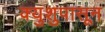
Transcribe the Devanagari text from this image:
क्युशुपासून